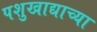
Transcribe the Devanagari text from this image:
पशुखाद्याच्या